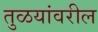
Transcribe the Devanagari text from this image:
तुळयांवरील